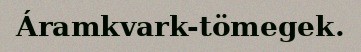
Áramkvark-tömegek.